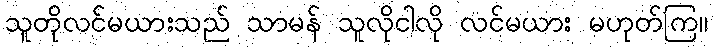
သူတိုလင်မယားသည် သာမန် သူလိုငါလို လင်မယား မဟုတ်ကြ။